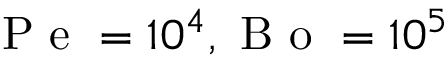
\mathrm { ~ P ~ e ~ } = 1 0 ^ { 4 } , \mathrm { ~ B ~ o ~ } = 1 0 ^ { 5 }